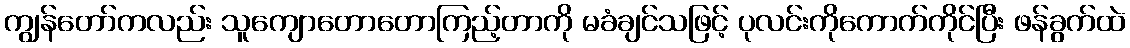
ကျွန်တော်ကလည်း သူကျောတောတောကြည့်တာကို မခံချင်သဖြင့် ပုလင်းကိုကောက်ကိုင်ပြီး ဖန်ခွက်ထဲ